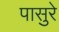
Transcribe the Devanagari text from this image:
पासुरे